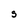
Character: S